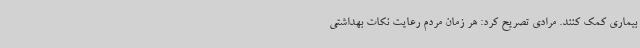
بیماری کمک کنند. مرادی تصریح کرد: هر زمان مردم رعایت نکات بهداشتی